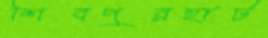
শিবপুরহাট